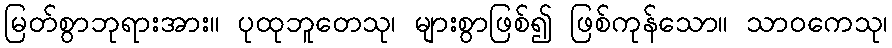
မြတ်စွာဘုရားအား။ ပုထုဘူတေသု၊ များစွာဖြစ်၍ ဖြစ်ကုန်သော။ သာဝကေသု၊